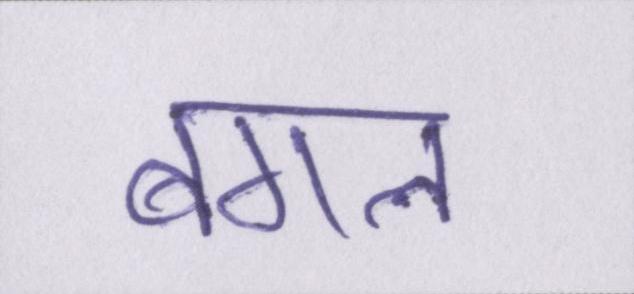
बगल